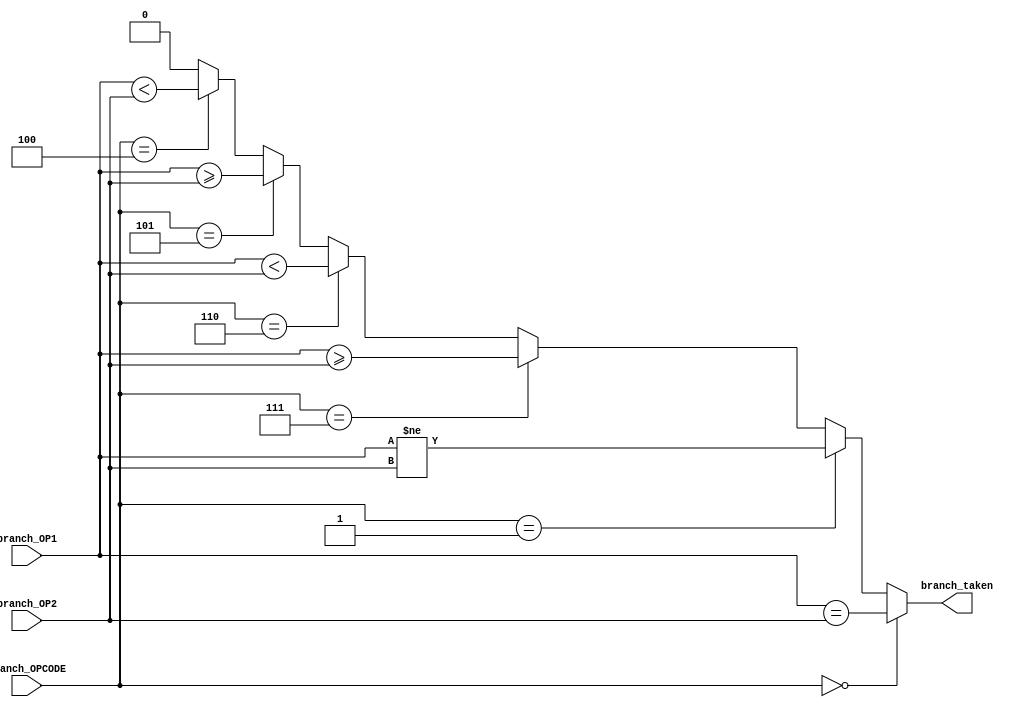
module branch_comp (
    input wire  [31:0] branch_OP1,
    input wire  [31:0] branch_OP2,
    input wire  [2:0]  branch_OPCODE,
    // input wire  [6:0]  opcode,
    output wire        branch_taken
);

    localparam OP_EQL = 3'b000;
    localparam OP_NEQ = 3'b001;
    localparam OP_UGT = 3'b111; //Unsigned Greater Than or Equal
    localparam OP_SGT = 3'b101; //Signed Greater Than or Equal
    localparam OP_SLT = 3'b100;
    localparam OP_ULT = 3'b110;

    reg signed [31:0] signed_op_1;
    reg signed [31:0] signed_op_2;

    always @(*) 
    // if(opcode == 7'b110_0011)
    begin
        signed_op_1 = branch_OP1;
        signed_op_2 = branch_OP2;
    end
    
    // always @(*) begin
    // if(opcode == 7'b110_0011)
    // begin
    //     signed_op_1 = branch_OP1;
    //     signed_op_2 = branch_OP2;
    //     case (branch_OPCODE)
    //         OP_EQL: branch_taken = (branch_OP1 == branch_OP2);
    //         OP_NEQ: branch_taken = (branch_OP1 != branch_OP2);
    //         OP_UGT: branch_taken = (branch_OP1 >= branch_OP2);
    //         OP_ULT: branch_taken = (branch_OP1 <  branch_OP2);
    //         OP_SGT: branch_taken = (signed_op_1 >= signed_op_2);
    //         OP_SLT: branch_taken = (signed_op_1 < signed_op_2);
    //         default: branch_taken = 0;
    //     endcase
    // end
    // else 
    // branch_taken = 0;
    // end
    

    assign branch_taken = //(opcode == 7'b110_0011) ? 
                          (branch_OPCODE == OP_EQL) ? (branch_OP1 == branch_OP2):
                          (branch_OPCODE == OP_NEQ) ? (branch_OP1 != branch_OP2):
                          (branch_OPCODE == OP_UGT) ? (branch_OP1 >= branch_OP2):
                          (branch_OPCODE == OP_ULT) ? (branch_OP1 <  branch_OP2):
                          (branch_OPCODE == OP_SGT) ? (signed_op_1 >= signed_op_2):
                          (branch_OPCODE == OP_SLT) ? (signed_op_1 < signed_op_2):
                          1'b0;//:1'b0;

    // always @(branch_OPCODE) begin
    //     case(branch_OPCODE)
    //     3'b
    // end

endmodule

module comp_tb ();
    wire out;
    reg [31:0] a, b;
    reg [2:0] op;

    branch_comp bc(.branch_OP1(a),
                   .branch_OP2(b),
                   .branch_OPCODE(op),
                   .branch_taken(out));
    initial begin
        a = 5;
        b = -2;
        op = 3'b100;
        #10
        op = 3'b000;
        #10
        op = 3'b001;
    end
endmodule